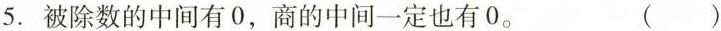
5. 被除数的中间有0，商的中间一定也有0。 ( )